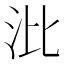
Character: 沘